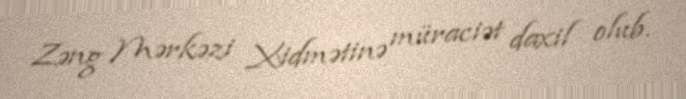
Zəng Mərkəzi Xidmətinə müraciət daxil olub.